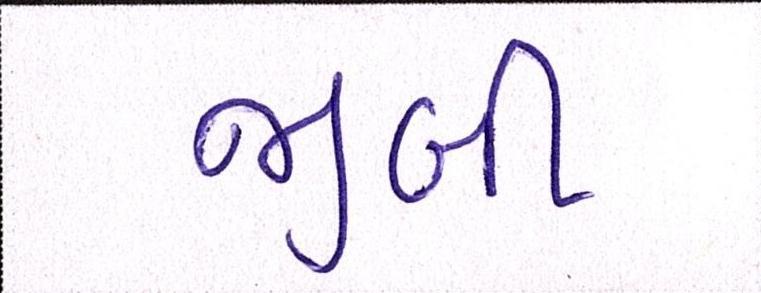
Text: જીબી